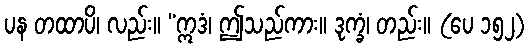
ပန တထာပိ၊ လည်း။ “ဣဒံ၊ ဤသည်ကား။ ဒုက္ခံ၊ တည်း။ (ပေ ၁၅၂)